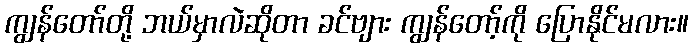
ကျွန်တော်တို့ ဘယ်မှာလဲဆိုတာ ခင်ဗျား ကျွန်တော့်ကို ပြောနိုင်မလား။